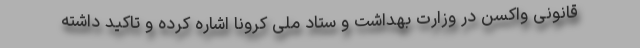
قانونی واکسن در وزارت بهداشت و ستاد ملی کرونا اشاره کرده و تاکید داشته